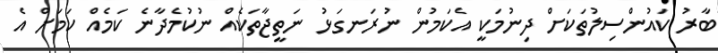
ބާރު ކައުންސިލުތަކަށް ދިނުމަކީ އެކަމުން ނުރަނގަޅު ނަތީޖާތަކެއް ނުކުމެދާނެ ކަމެއް ކަމަށް އެ